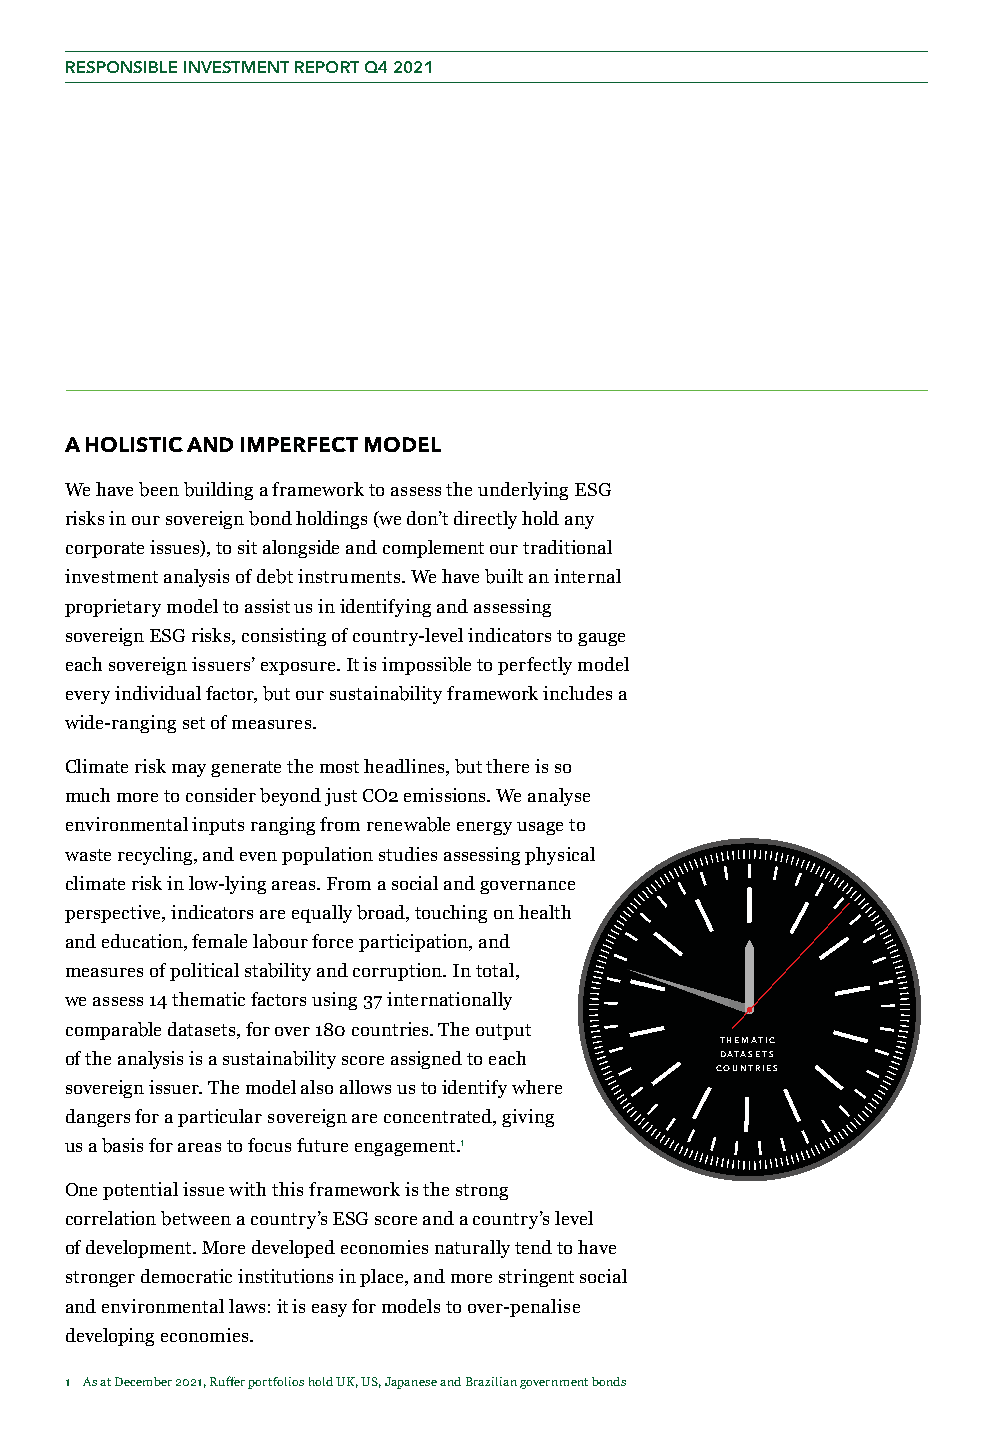
RESPONSIBLE INVESTMENT REPORT Q4 2021
 A HOLISTIC AND IMPERFECT MODEL
 We have been building a framework to assess the underlying ESG
 risks in our sovereign bond holdings (we don’t directly hold any
 corporate issues), to sit alongside and complement our traditional
 investment analysis of debt instruments. We have built an internal
 proprietary model to assist us in identifying and assessing
 sovereign ESG risks, consisting of country-level indicators to gauge
 each sovereign issuers’ exposure. It is impossible to perfectly model
 every individual factor, but our sustainability framework includes a
 wide-ranging set of measures.
 Climate risk may generate the most headlines, but there is so
 much more to consider beyond just CO2 emissions. We analyse
 environmental inputs ranging from renewable energy usage to
 waste recycling, and even population studies assessing physical
 climate risk in low-lying areas. From a social and governance
 perspective, indicators are equally broad, touching on health
 and education, female labour force participation, and
 measures of political stability and corruption. In total,
 we assess 14 thematic factors using 37 internationally
 comparable datasets, for over 180 countries. The output
 THEMATIC
 of the analysis is a sustainability score assigned to each DATASETS
 COUNTRIES
 sovereign issuer. The model also allows us to identify where
 dangers for a particular sovereign are concentrated, giving
 us a basis for areas to focus future engagement.1
 One potential issue with this framework is the strong
 correlation between a country’s ESG score and a country’s level
 of development. More developed economies naturally tend to have
 stronger democratic institutions in place, and more stringent social
 and environmental laws: it is easy for models to over-penalise
 developing economies.
 1 As at December 2021, Ruffer portfolios hold UK, US, Japanese and Brazilian government bonds